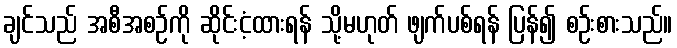
ချင်သည် အစီအစဉ်ကို ဆိုင်းငံ့ထားရန် သို့မဟုတ် ဖျက်ပစ်ရန် ပြန်၍ စဉ်းစားသည်။